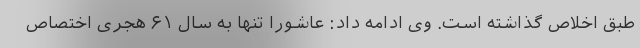
طبق اخلاص گذاشته است. وی ادامه داد: عاشورا تنها به سال ۶۱ هجری اختصاص